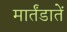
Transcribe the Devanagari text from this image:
मार्तंडातें